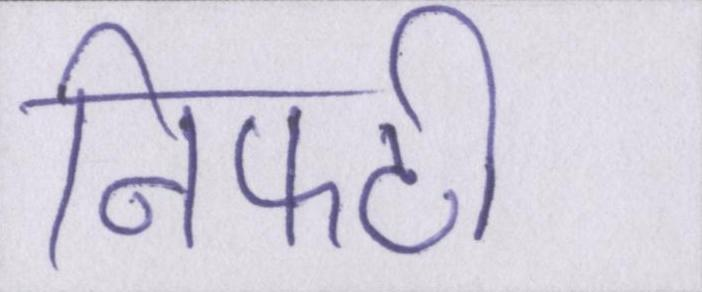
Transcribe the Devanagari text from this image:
निफ्टी